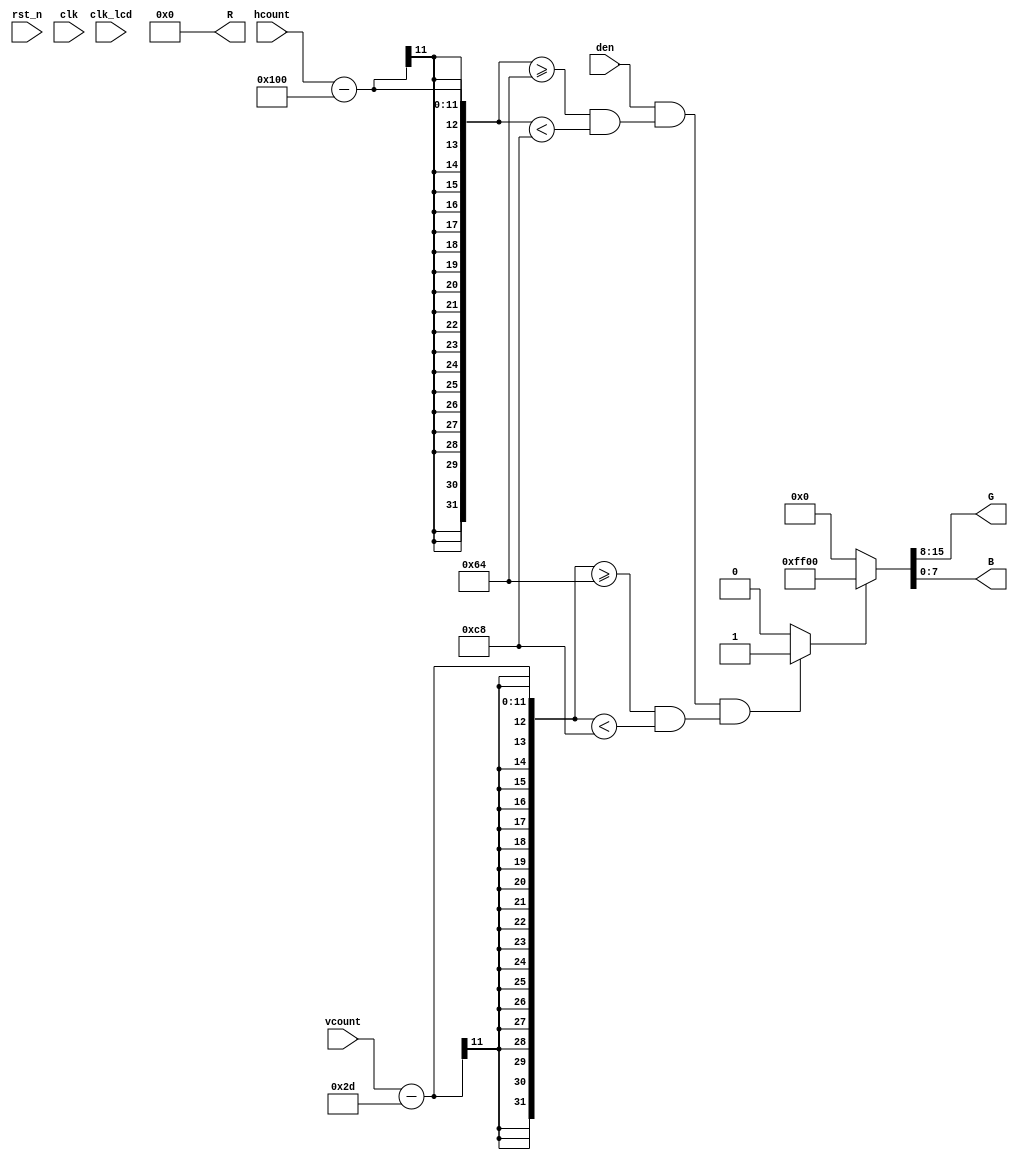
module Imagedata_send
	(
      	input wire clk_lcd,			//ϵͳʱӣĬ50M
      	input wire rst_n,			//λźţ͵ƽЧ
      	input wire den,			//TFTʹ
      	input wire [10:0] hcount,	//TFTɨ
      	input wire [10:0] vcount,	//TFTɨ
		input wire clk,
      	output wire [7:0] R,
      	output wire [7:0] G,
		output wire [7:0] B
  	);
  	
  	 parameter HSYNC_BLANK_WIDTH = 256; // thb
  	 parameter VSYNC_BLANK_WIDTH = 45;	//tvb

     wire img_ack;              //ͼƬʹ
     wire [23:0]img_data;       //ͼƬ
     reg [23:0]imgd;

     localparam IMG_H = 100,  //ͼƬص
                  IMG_V = 100;  //ͼƬص
                   
     localparam TFT_H = 800,  //TFTص
                  TFT_V = 480;  //TFTص
                   
     localparam IMG_HM = TFT_H - IMG_H,  //ͼƬзƶص
                IMG_VM = TFT_V - IMG_V;    //ͼƬƶص
                   
     reg [10:0]img_hbegin = 100;   //ͼƬϽǵһصTFT
     reg [10:0]img_vbegin = 100;   //ͼƬϽǵһصTFTĳ
     
	 assign img_ack = den && ((hcount - HSYNC_BLANK_WIDTH) >= img_hbegin && (hcount - HSYNC_BLANK_WIDTH) < img_hbegin + IMG_H) &&
                           ((vcount - VSYNC_BLANK_WIDTH) >= img_vbegin && (vcount - VSYNC_BLANK_WIDTH) < img_vbegin + IMG_V)?1'b1:1'b0;
                           

//	reg [31:0]timecnt;
//	reg [10:0]plus;
//	reg vdir,hdir;
	
//	initial
//	begin
//		plus<=1;
//		hdir<=1;;
//		vdir<=1;
//	end
	
//	always@(posedge clk)
//	begin
//          timecnt <= timecnt + 1'b1;
//		  if(timecnt == 2_400_000)
//			begin
//				timecnt <= 0;
				
//				if(hdir==1)
//					begin
//						img_hbegin <= img_hbegin + plus;
//					end
//				else
//					begin
//						img_hbegin <= img_hbegin - plus;
//					end
					
//				if(vdir==1)
//					begin
//						img_vbegin <= img_vbegin + plus;
//					end
//				else
//					begin
//						img_vbegin <= img_vbegin - plus;
//					end
//					/*
//				if((img_vbegin == 0) || (img_vbegin == IMG_VM))
//					begin
//						vdir = ~vdir;
//						plus<=5;
//						imgd<=24'hff0000;
//					end

//				if((img_hbegin == 0) || (img_hbegin == IMG_HM))
//					begin
//						hdir = ~hdir;
//						plus<=10;
//						imgd<=24'h0000ff;
//					end
//					*/
//			end
//	end

//	assign imgd = 24'h00ff00;
    assign img_data = img_ack ? 24'h00ff00 : 24'h0;
    
	assign B = img_data[7:0];
	assign G = img_data[15:8];
	assign R = img_data[23:16];

 endmodule